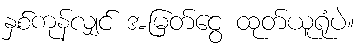
နှစ်ကုန်လျှင် အမြတ်ငွေ ထုတ်ယူရုံပဲ။